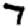
Digit: 7